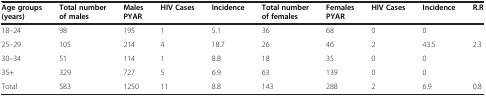
<table><thead><tr><td><b>Age groups (years)</b></td><td><b>Total number of males</b></td><td><b>Males PYAR</b></td><td><b>HIV Cases</b></td><td><b>Incidence</b></td><td><b>Total number of females</b></td><td><b>Females PYAR</b></td><td><b>HIV Cases</b></td><td><b>Incidence</b></td><td><b>R.R</b></td></tr></thead><tbody><tr><td>18–24</td><td>98</td><td>195</td><td>1</td><td>5.1</td><td>36</td><td>68</td><td>0</td><td>0</td><td> </td></tr><tr><td>25–29</td><td>105</td><td>214</td><td>4</td><td>18.7</td><td>26</td><td>46</td><td>2</td><td>43.5</td><td>2.3</td></tr><tr><td>30–34</td><td>51</td><td>114</td><td>1</td><td>8.8</td><td>18</td><td>35</td><td>0</td><td>0</td><td> </td></tr><tr><td>35+</td><td>329</td><td>727</td><td>5</td><td>6.9</td><td>63</td><td>139</td><td>0</td><td>0</td><td> </td></tr><tr><td>Total</td><td>583</td><td>1250</td><td>11</td><td>8.8</td><td>143</td><td>288</td><td>2</td><td>6.9</td><td>0.8</td></tr></tbody></table>